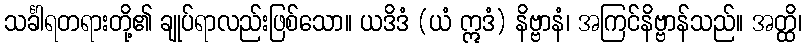
သင်္ခါရတရားတို့၏ ချုပ်ရာလည်းဖြစ်သော။ ယဒိဒံ (ယံ ဣဒံ) နိဗ္ဗာနံ၊ အကြင်နိဗ္ဗာန်သည်။ အတ္ထိ၊